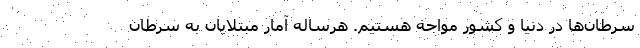
سرطان‌ها در دنیا و کشور مواجه هستیم. هرساله آمار مبتلایان به سرطان